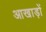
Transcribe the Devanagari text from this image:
आखाड़ों